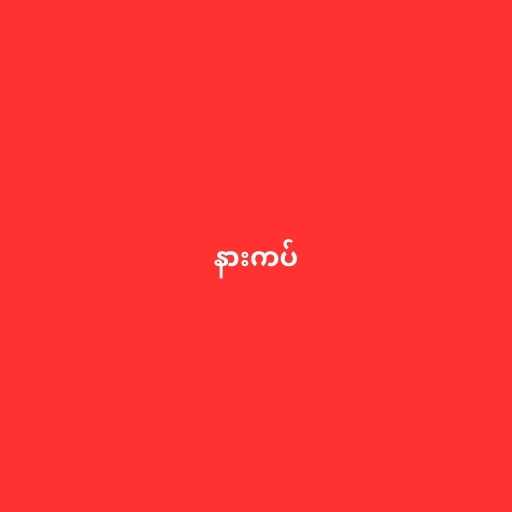
နားကပ်